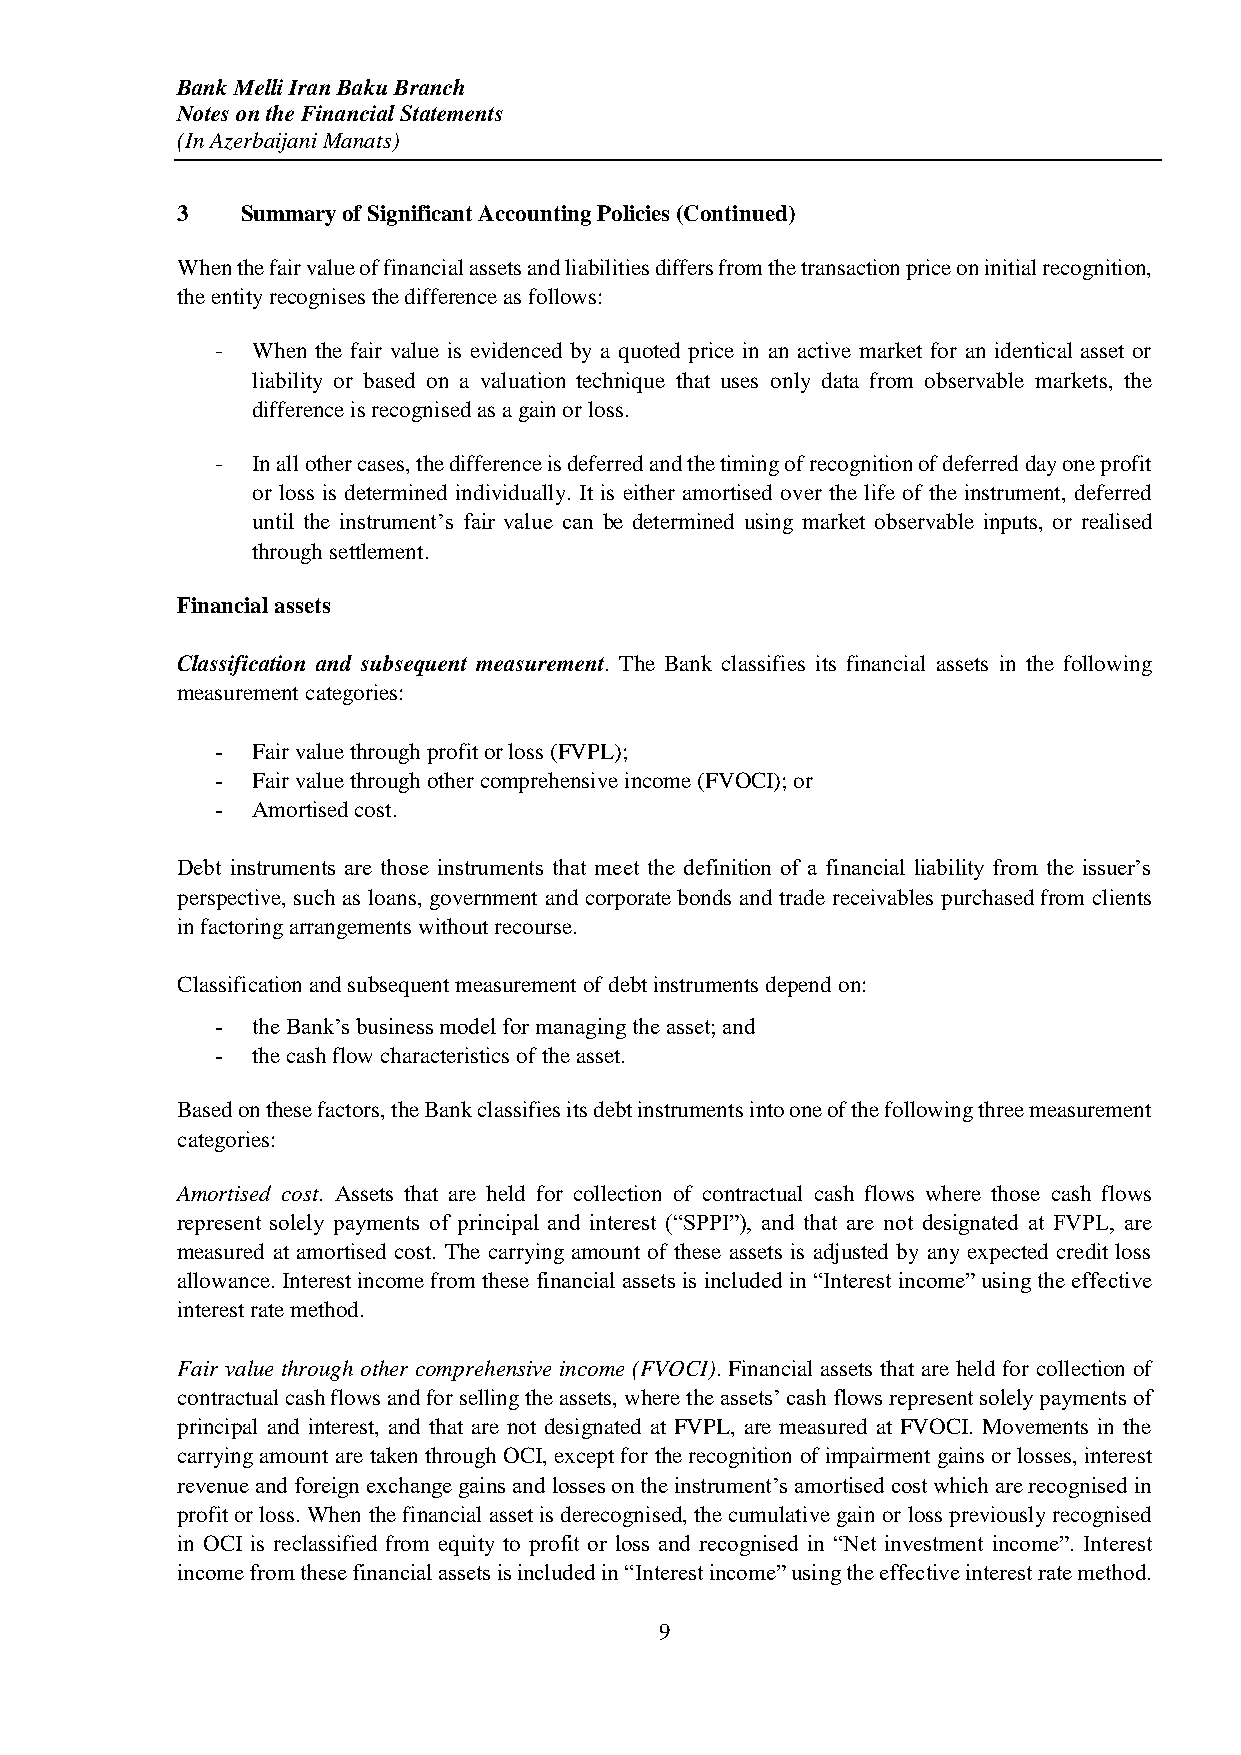
Bank Melli Iran Baku Branch
 Notes on the Financial Statements
 (In Azerbaijani Manats)
 3   Summary of Significant Accounting Policies (Continued)
 When the fair value of financial assets and liabilities differs from the transaction price on initial recognition,
 the entity recognises the difference as follows:
 -  When the fair value is evidenced by a quoted price in an active market for an identical asset or
 liability or based on a valuation technique that uses only data from observable markets, the
 difference is recognised as a gain or loss.
 -  In all other cases, the difference is deferred and the timing of recognition of deferred day one profit
 or loss is determined individually. It is either amortised over the life of the instrument, deferred
 until the instrument’s fair value can be determined using market observable inputs, or realised
 through settlement.
 Financial assets
 Classification and subsequent measurement. The Bank classifies its financial assets in the following
 measurement categories:
 -  Fair value through profit or loss (FVPL);
 -  Fair value through other comprehensive income (FVOCI); or
 -  Amortised cost.
 Debt instruments are those instruments that meet the definition of a financial liability from the issuer’s
 perspective, such as loans, government and corporate bonds and trade receivables purchased from clients
 in factoring arrangements without recourse.
 Classification and subsequent measurement of debt instruments depend on:
 -  the Bank’s business model for managing the asset; and
 -  the cash flow characteristics of the asset.
 Based on these factors, the Bank classifies its debt instruments into one of the following three measurement
 categories:
 Amortised cost. Assets that are held for collection of contractual cash flows where those cash flows
 represent solely payments of principal and interest (“SPPI”), and that are not designated at FVPL, are
 measured at amortised cost. The carrying amount of these assets is adjusted by any expected credit loss
 allowance. Interest income from these financial assets is included in “Interest income” using the effective
 interest rate method.
 Fair value through other comprehensive income (FVOCI). Financial assets that are held for collection of
 contractual cash flows and for selling the assets, where the assets’ cash flows represent solely payments of
 principal and interest, and that are not designated at FVPL, are measured at FVOCI. Movements in the
 carrying amount are taken through OCI, except for the recognition of impairment gains or losses, interest
 revenue and foreign exchange gains and losses on the instrument’s amortised cost which are recognised in
 profit or loss. When the financial asset is derecognised, the cumulative gain or loss previously recognised
 in OCI is reclassified from equity to profit or loss and recognised in “Net investment income”. Interest
 income from these financial assets is included in “Interest income” using the effective interest rate method.
 9